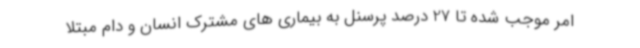
امر موجب شده تا 27 درصد پرسنل به بیماری های مشترک انسان و دام مبتلا